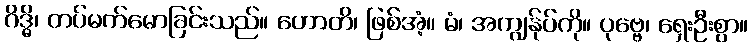
ဂိဒ္ဓိ၊ တပ်မက်မောခြင်းသည်။ ဟောတိ၊ ဖြစ်အံ့။ မံ၊ အကျွန်ုပ်ကို။ ပုဗ္ဗေ၊ ရှေးဦးစွာ။